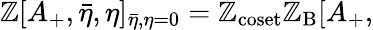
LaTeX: \mathbb{Z}[A_{+},{\bar{{\eta}}},\eta]_{\bar{{\eta}},\eta=0}=\mathbb{Z}_{\mathrm{{coset}}}\mathbb{Z}_{\mathrm{{B}}}[A_{+},